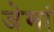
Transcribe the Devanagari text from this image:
जेमां